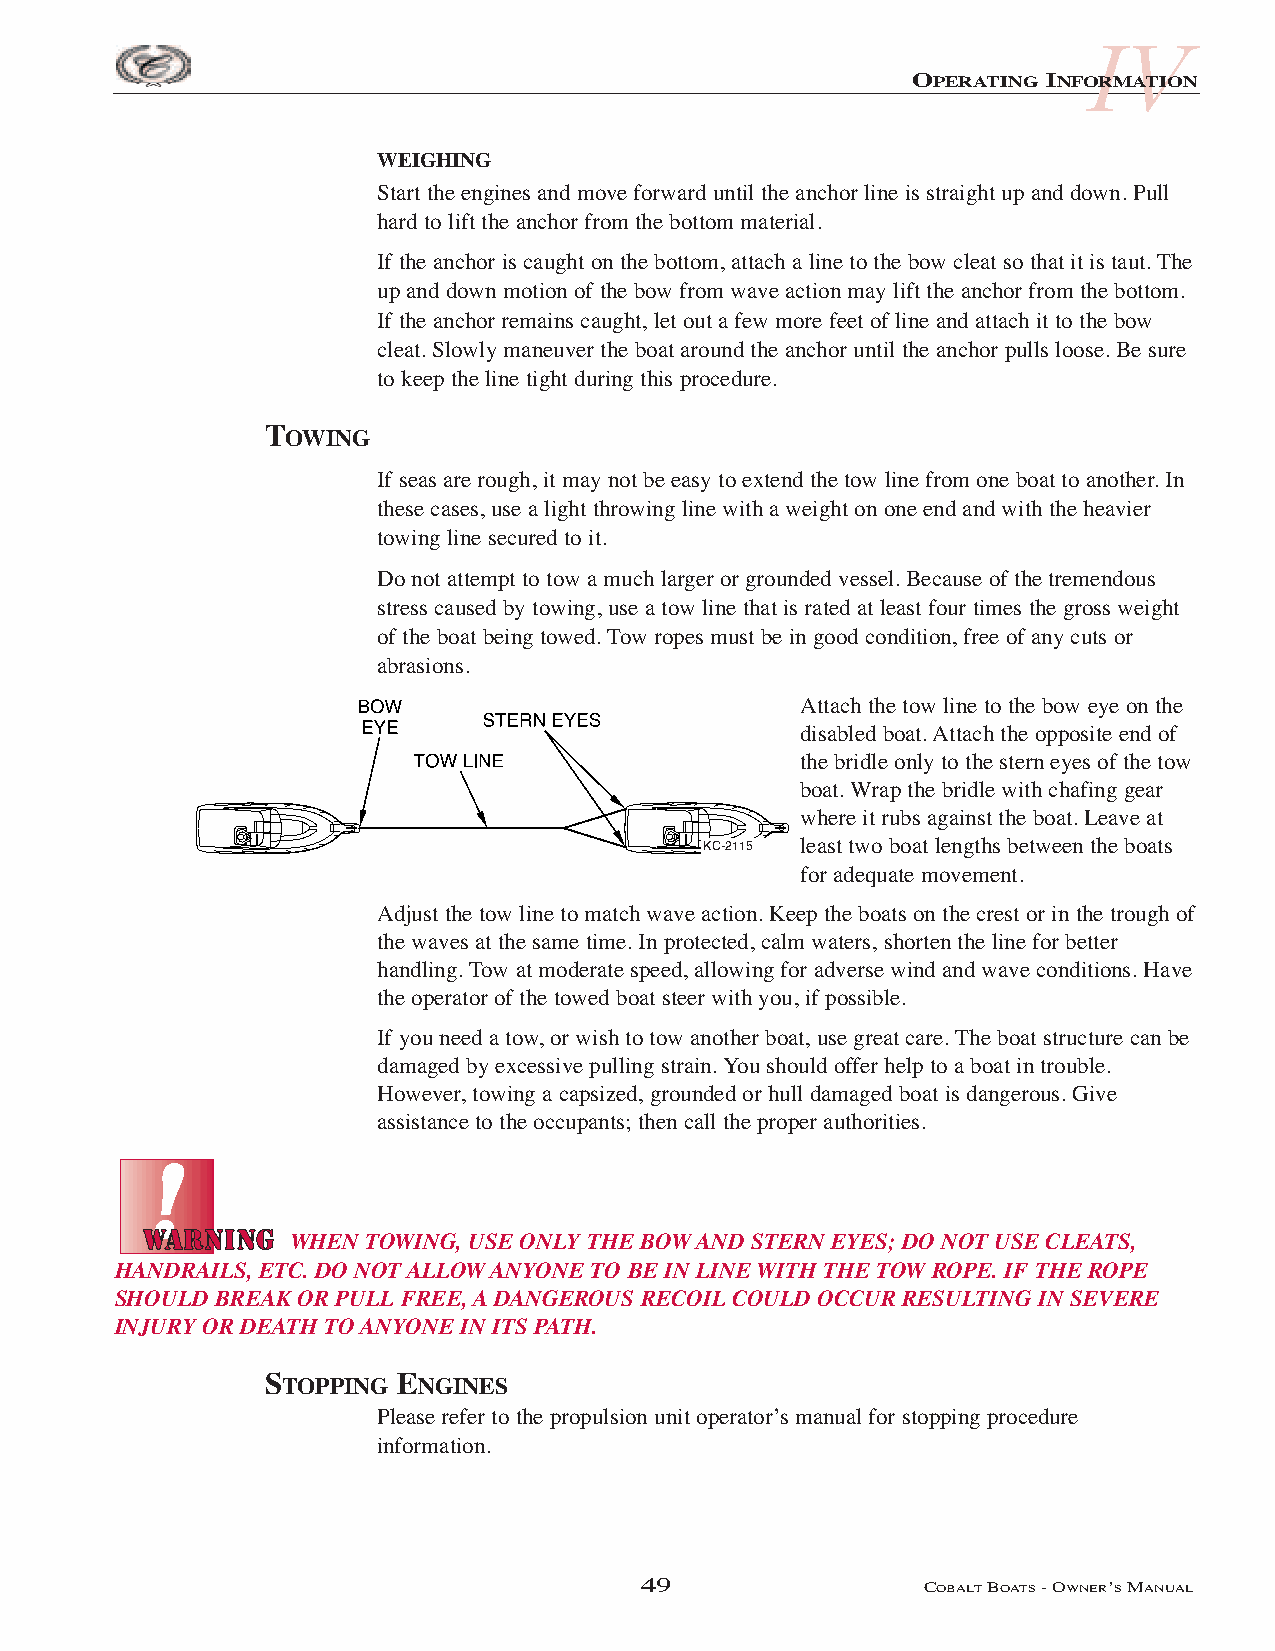
IV
 OPERATING INFORMATION
 WEIGHING
 Start the engines and move forward until the anchor line is straight up and down. Pull
 hard to lift the anchor from the bottom material.
 If the anchor is caught on the bottom, attach a line to the bow cleat so that it is taut. The
 up and down motion of the bow from wave action may lift the anchor from the bottom.
 If the anchor remains caught, let out a few more feet of line and attach it to the bow
 cleat. Slowly maneuver the boat around the anchor until the anchor pulls loose. Be sure
 to keep the line tight during this procedure.
 TOWING
 If seas are rough, it may not be easy to extend the tow line from one boat to another. In
 these cases, use a light throwing line with a weight on one end and with the heavier
 towing line secured to it.
 Do not attempt to tow a much larger or grounded vessel. Because of the tremendous
 stress caused by towing, use a tow line that is rated at least four times the gross weight
 of the boat being towed. Tow ropes must be in good condition, free of any cuts or
 abrasions.
 Attach the tow line to the bow eye on the
 disabled boat. Attach the opposite end of
 the bridle only to the stern eyes of the tow
 boat. Wrap the bridle with chafing gear
 where it rubs against the boat. Leave at
 KC-2115 least two boat lengths between the boats
 for adequate movement.
 Adjust the tow line to match wave action. Keep the boats on the crest or in the trough of
 the waves at the same time. In protected, calm waters, shorten the line for better
 handling. Tow at moderate speed, allowing for adverse wind and wave conditions. Have
 the operator of the towed boat steer with you, if possible.
 If you need a tow, or wish to tow another boat, use great care. The boat structure can be
 damaged by excessive pulling strain. You should offer help to a boat in trouble.
 However, towing a capsized, grounded or hull damaged boat is dangerous. Give
 assistance to the occupants; then call the proper authorities.
 WHEN TOWING, USE ONLY THE BOW AND STERN EYES; DO NOT USE CLEATS,
 HANDRAILS, ETC. DO NOT ALLOW ANYONE TO BE IN LINE WITH THE TOW ROPE. IF THE ROPE
 SHOULD BREAK OR PULL FREE, A DANGEROUS RECOIL COULD OCCUR RESULTING IN SEVERE
 INJURY OR DEATH TO ANYONE IN ITS PATH.
 STOPPING ENGINES
 Please refer to the propulsion unit operator’s manual for stopping procedure
 information.
 49                 COBALTBOATS- OWNER’SMANUAL